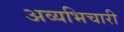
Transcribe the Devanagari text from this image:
अव्यभिचारी